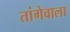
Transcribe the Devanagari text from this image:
तांगेवाला